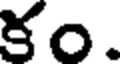
కం.